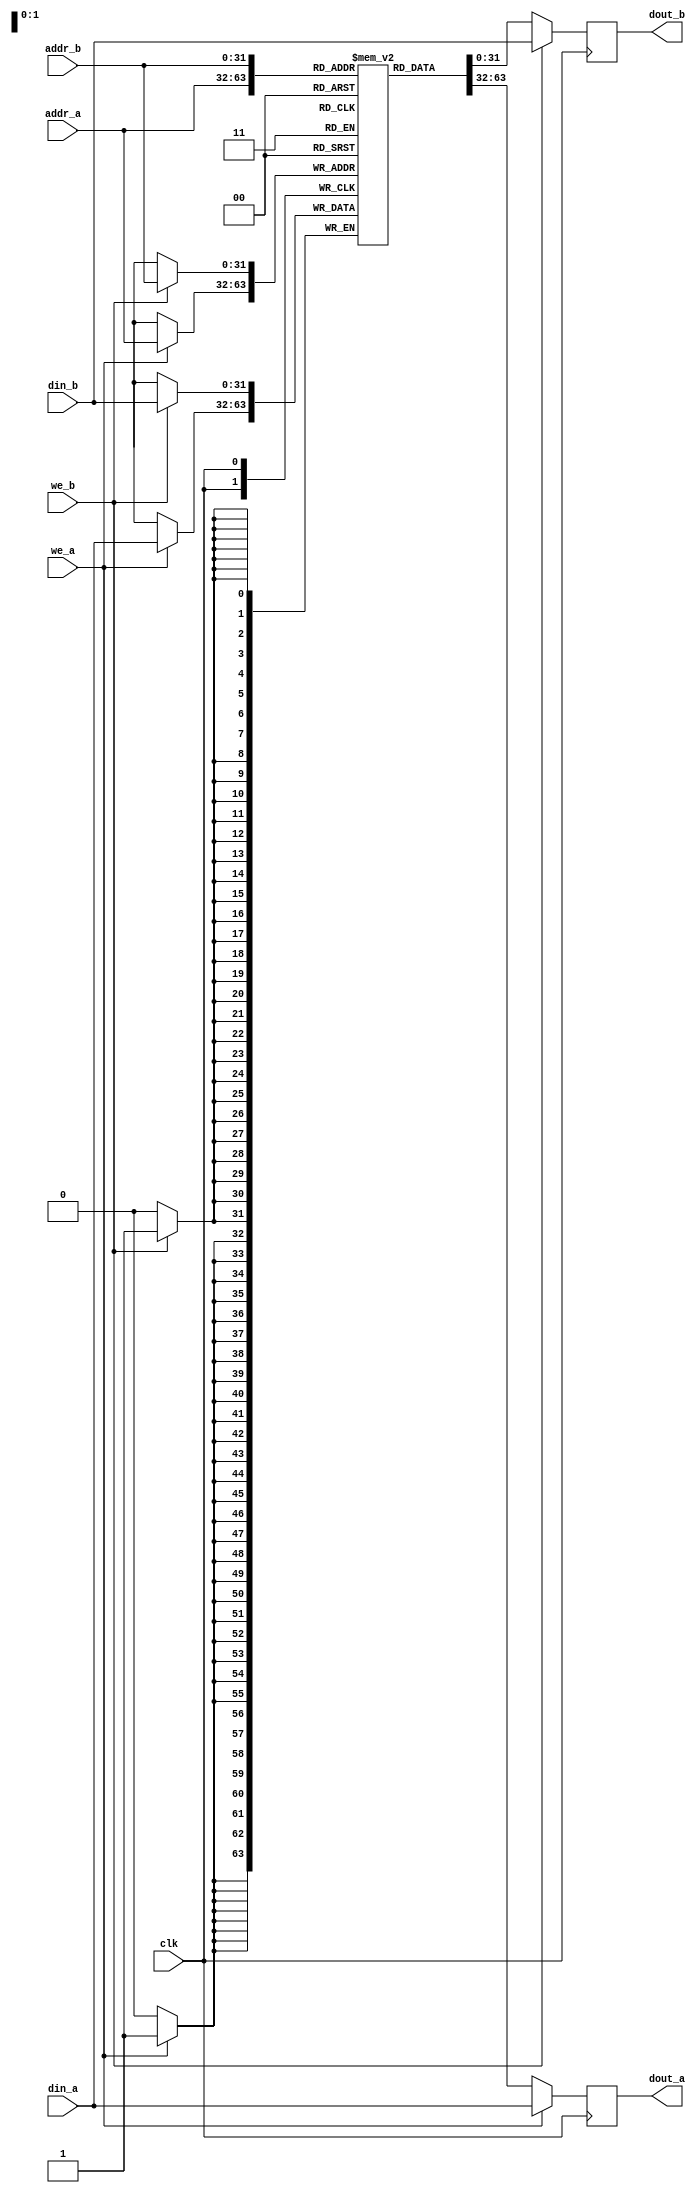
/******************************************************************************
 This Source Code Form is subject to the terms of the
 Open Hardware Description License, v. 1.0. If a copy
 of the OHDL was not distributed with this file, You
 can obtain one at http://juliusbaxter.net/ohdl/ohdl.txt

 Description: True dual port ram with single clock

 Copyright (C) 2013 Stefan Kristiansson <stefan.kristiansson@saunalahti.fi>

 ******************************************************************************/

module mor1kx_true_dpram_sclk
  #(
    parameter ADDR_WIDTH = 32,
    parameter DATA_WIDTH = 32
    )
   (
    input 		    clk,
    input [ADDR_WIDTH-1:0]  addr_a,
    input 		    we_a,
    input [DATA_WIDTH-1:0]  din_a,
    output [DATA_WIDTH-1:0] dout_a,
    input [ADDR_WIDTH-1:0]  addr_b,
    input 		    we_b,
    input [DATA_WIDTH-1:0]  din_b,
    output [DATA_WIDTH-1:0] dout_b
    );

   reg [DATA_WIDTH-1:0]     mem[(1<<ADDR_WIDTH)-1:0];

   reg [DATA_WIDTH-1:0]     rdata_a;
   reg [DATA_WIDTH-1:0]     rdata_b;

   assign dout_a = rdata_a;
   assign dout_b = rdata_b;

   always @(posedge clk) begin
      if (we_a) begin
	 mem[addr_a] <= din_a;
	 rdata_a <= din_a;
      end else begin
	 rdata_a <= mem[addr_a];
      end
   end

   always @(posedge clk) begin
      if (we_b) begin
	 mem[addr_b] <= din_b;
	 rdata_b <= din_b;
      end else begin
	 rdata_b <= mem[addr_b];
      end
   end

endmodule